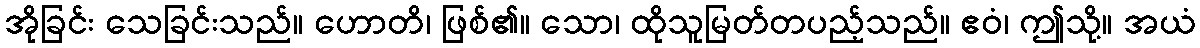
အိုခြင်း သေခြင်းသည်။ ဟောတိ၊ ဖြစ်၏။ သော၊ ထိုသူမြတ်တပည့်သည်။ ဧဝံ၊ ဤသို့။ အယံ